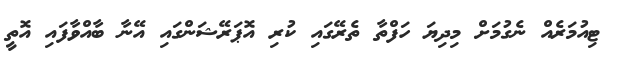
ޓިއުމަރެއް ނެގުމަށް މިދިޔަ ހަފްތާ ތެރޭގައި ކުރި އޮޕަރޭޝަންގައި އޭނާ ބާއްވާފައި އޮތީ